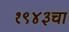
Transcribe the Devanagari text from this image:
१९४३चा